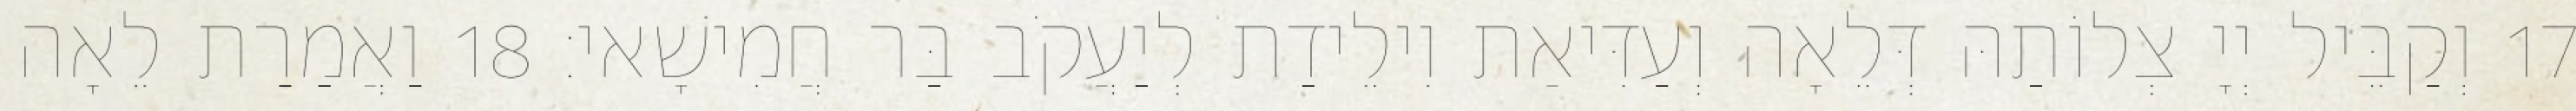
17 וְקַבֵּיל יְיָ צְלוֹתַהּ דְּלֵאָה וְעַדִּיאַת וִילֵידַת לְיַעֲקֹב בַּר חֲמִישָׁאי׃ 18 וַאֲמַרַת לֵאָה